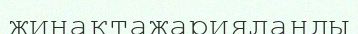
жинақтажарияланды